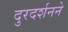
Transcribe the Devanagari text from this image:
दुरदर्शनने